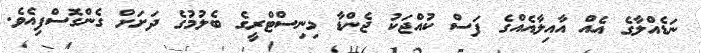
ނަޑެއްލާގެ އެއް އާއިލާއެއްގެ ފަސް ކުއްޖަކު ޖެންޑާ މިނިސްޓްރީގެ ބެލުމުގެ ދަށަށް ގެންގޮސްފިއެވެ.